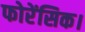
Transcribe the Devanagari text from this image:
फोरेंसिक।